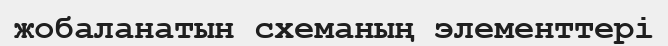
жобаланатын схеманың элементтері